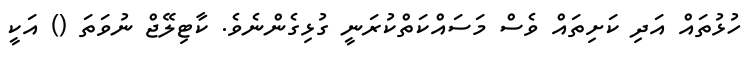
ހުޅުތައް އަދި ކަށިތައް ވެސް މަސައްކަތްކުރަނީ ގުޅިގެންނެވެ. ކާޓިލޭޖް ނުވަތަ () އަކީ